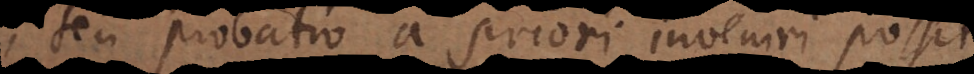
seu probatio a priori inveniri possit.